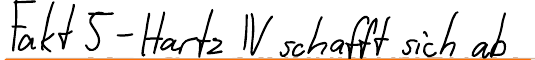
Fakt 5 - Hartz IV schafft sich ab